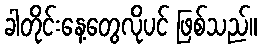
ခါတိုင်းနေ့တွေလိုပင် ဖြစ်သည်။